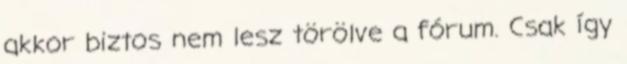
akkor biztos nem lesz törölve a fórum. Csak így